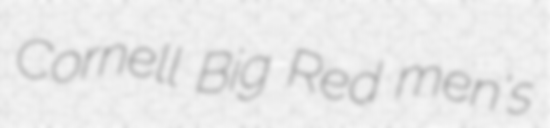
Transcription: Cornell Big Red men's